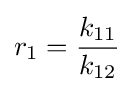
r_{1}={\frac {k_{11}}{k_{12}}}